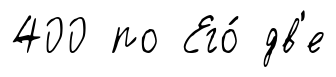
400 по Его́ дв'е